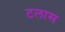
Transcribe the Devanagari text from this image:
टलास